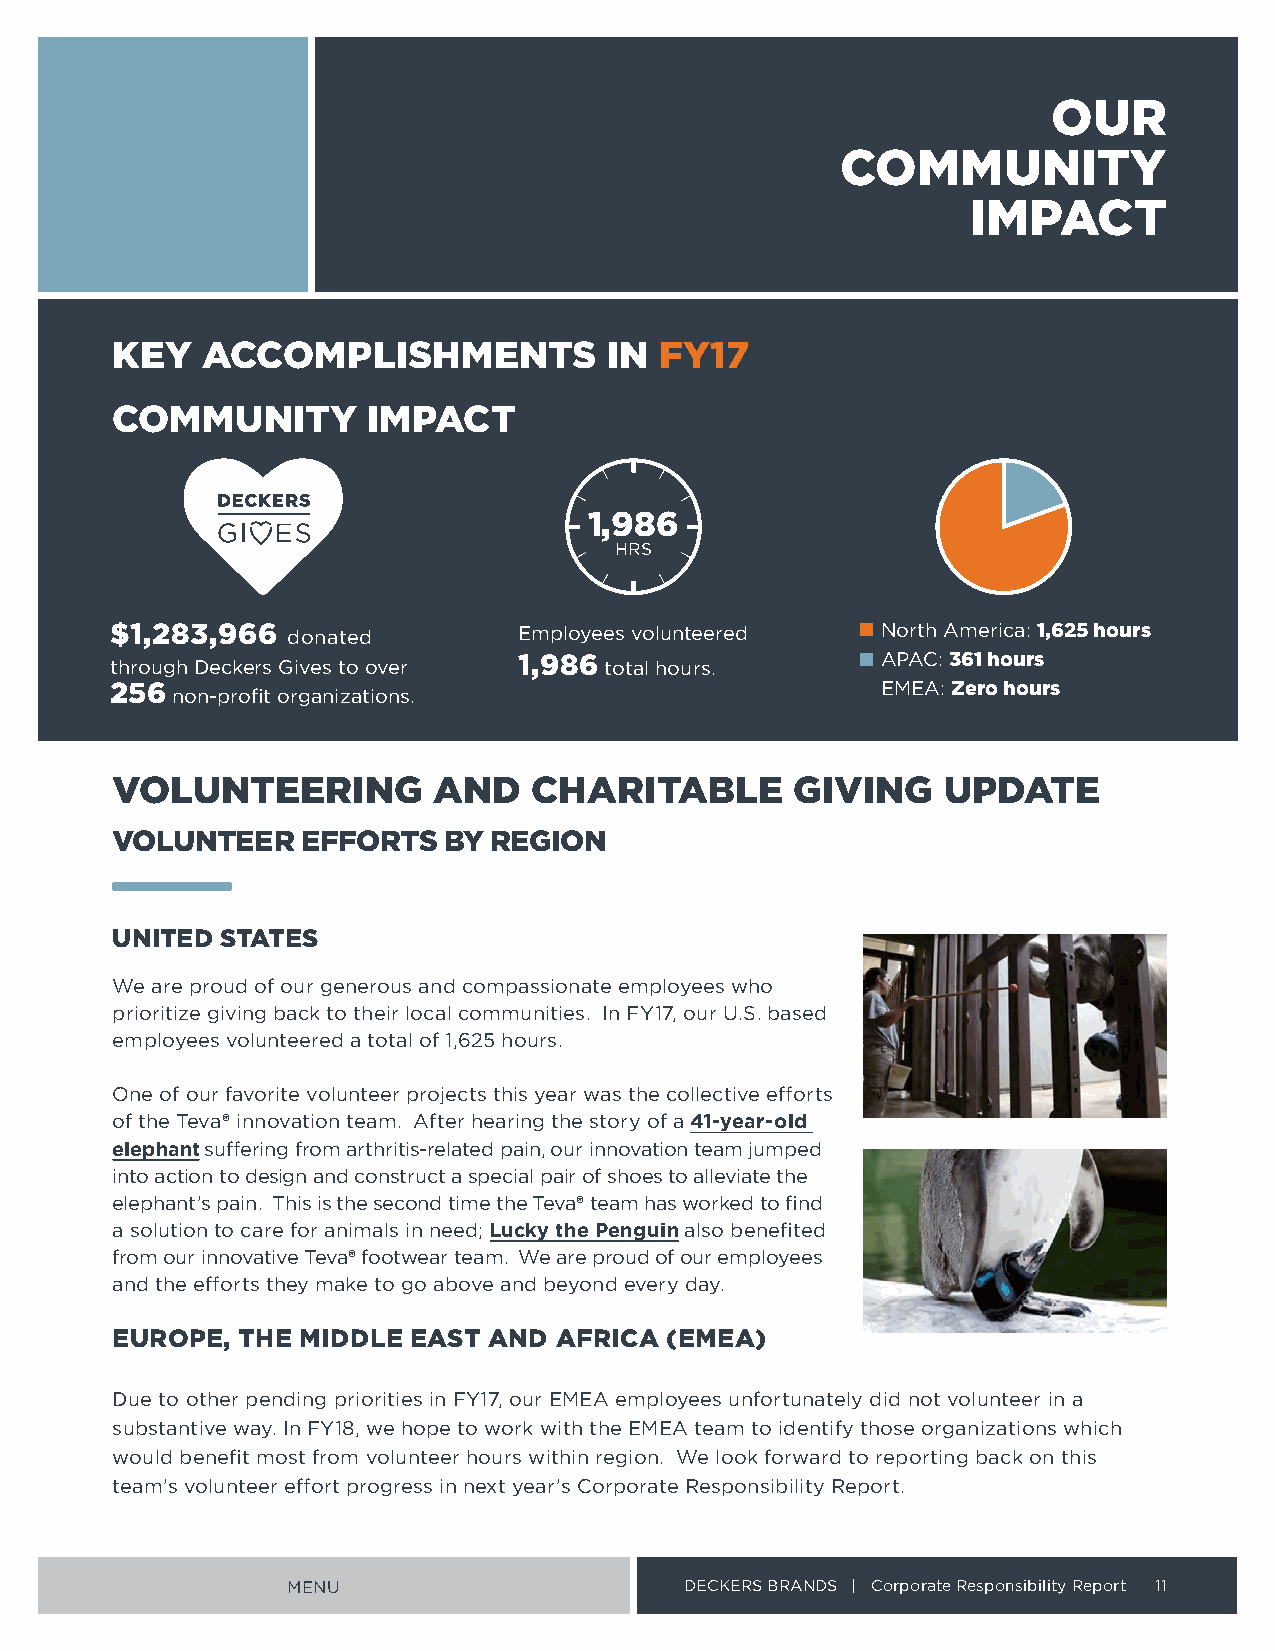
OUR
 COMMUNITY
 IMPACT
 KEY   ACCOMPLISHMENTS            IN  FY17
 COMMUNITY        IMPACT
 1,986
 HRS
 $1,283,966  donated        Employees volunteered   North America: 1,625 hours
 through Deckers Gives to over 1,986 total hours    APAC: 361 hours
 256 non-profit organizations                       EMEA: Zero hours
 VOLUNTEERING          AND   CHARITABLE        GIVING   UPDATE
 VOLUNTEER    EFFORTS  BY REGION
 UNITED  STATES
 We are proud of our generous and compassionate employees who
 prioritize giving back to their local communities In FY17, our U S based
 employees volunteered a total of 1,625 hours
 One of our favorite volunteer projects this year was the collective efforts
 of the Teva® innovation team After hearing the story of a 41-year-old
 elephant suffering from arthritis-related pain, our innovation team jumped
 into action to design and construct a special pair of shoes to alleviate the
 elephant’s pain This is the second time the Teva® team has worked to find
 a solution to care for animals in need; Lucky the Penguin also benefited
 from our innovative Teva® footwear team We are proud of our employees
 and the efforts they make to go above and beyond every day
 EUROPE,  THE MIDDLE EAST AND  AFRICA (EMEA)
 Due to other pending priorities in FY17, our EMEA employees unfortunately did not volunteer in a
 substantive way In FY18, we hope to work with the EMEA team to identify those organizations which
 would benefit most from volunteer hours within region We look forward to reporting back on this
 team’s volunteer effort progress in next year’s Corporate Responsibility Report
 MENU                      DECKERS BRANDS | Corporate Responsibility Report 11